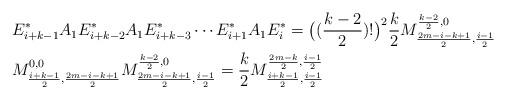
LaTeX: \begin{align*}&E^*_{i+k-1}A_1E^*_{i+k-2}A_1E^*_{i+k-3}\cdots E^*_{i+1}A_1E^*_{i}=\big((\frac{k-2}{2})!\big)^2\frac{k}{2} M^{\frac{k-2}{2},0}_{\frac{2m-i-k+1}{2},\frac{i-1}{2}}\\&M^{0,0}_{\frac{i+k-1}{2},\frac{2m-i-k+1}{2}}M^{\frac{k-2}{2},0}_{\frac{2m-i-k+1}{2},\frac{i-1}{2}}=\frac{k}{2} M^{\frac{2m-k}{2},\frac{i-1}{2}}_{\frac{i+k-1}{2},\frac{i-1}{2}}\end{align*}